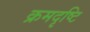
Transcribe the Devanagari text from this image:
क्रमदृष्टि